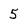
Character: 5